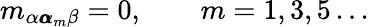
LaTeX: m_{\alpha{\pmb\alpha}_{m}\beta}=0,\qquad m=1,3,5\, ...